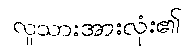
လူသားအားလုံး၏